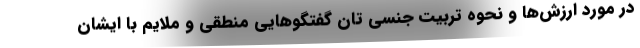
در مورد ارزش‌ها و نحوه تربیت جنسی تان گفتگوهایی منطقی و ملایم با ایشان